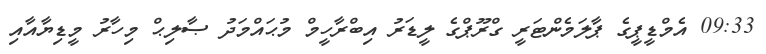
09:33 އެމްޑީޕީގެ ޕާލަމެންޓަރީ ގްރޫޕްގެ ލީޑަރު އިބްރާހީމް މުޙައްމަދު ޞާލިޙް މިހާރު މީޑިޔާއާއި